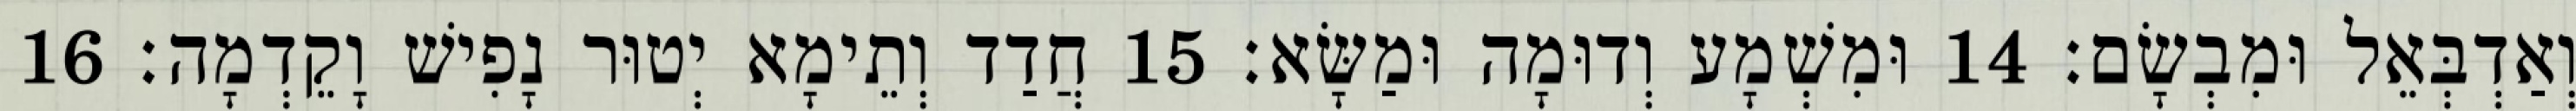
וְאַדְבְּאֵל וּמִבְשָׂם׃ 14 וּמִשְׁמָע וְדוּמָה וּמַשָּׂא׃ 15 חֲדַד וְתֵימָא יְטוּר נָפִישׁ וָקֵדְמָה׃ 16